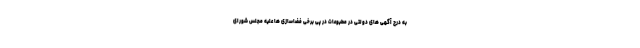
به درج آگهی های دولتی در مطبوعات در پی برخی فضاسازی ها علیه مجلس شورای